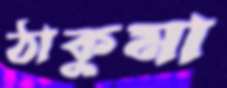
ঠাকুমা